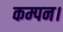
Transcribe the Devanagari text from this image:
कम्पन।